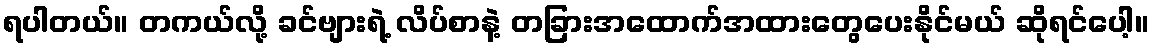
ရပါတယ်။ တကယ်လို့ ခင်ဗျားရဲ့ လိပ်စာနဲ့ တခြားအထောက်အထားတွေပေးနိုင်မယ် ဆိုရင်ပေါ့။